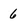
Character: 6